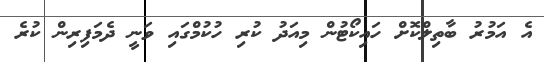
އެ އަމުރު ބާތިލްކޮށް ހައިކޯޓުން މިއަދު ކުރި ހުކުމްގައި ވަނީ ދެމަފިރިން ކުރެ